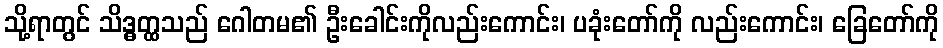
သို့ရာတွင် သိဒ္ဓတ္ထသည် ဂေါတမ၏ ဦးခေါင်းကိုလည်းကောင်း၊ ပခုံးတော်ကို လည်းကောင်း၊ ခြေတော်ကို